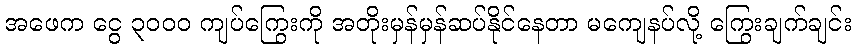
အဖေက ငွေ ၃၀၀၀ ကျပ်ကြွေးကို အတိုးမှန်မှန်ဆပ်နိုင်နေတာ မကျေနပ်လို့ ကြွေးချက်ချင်း